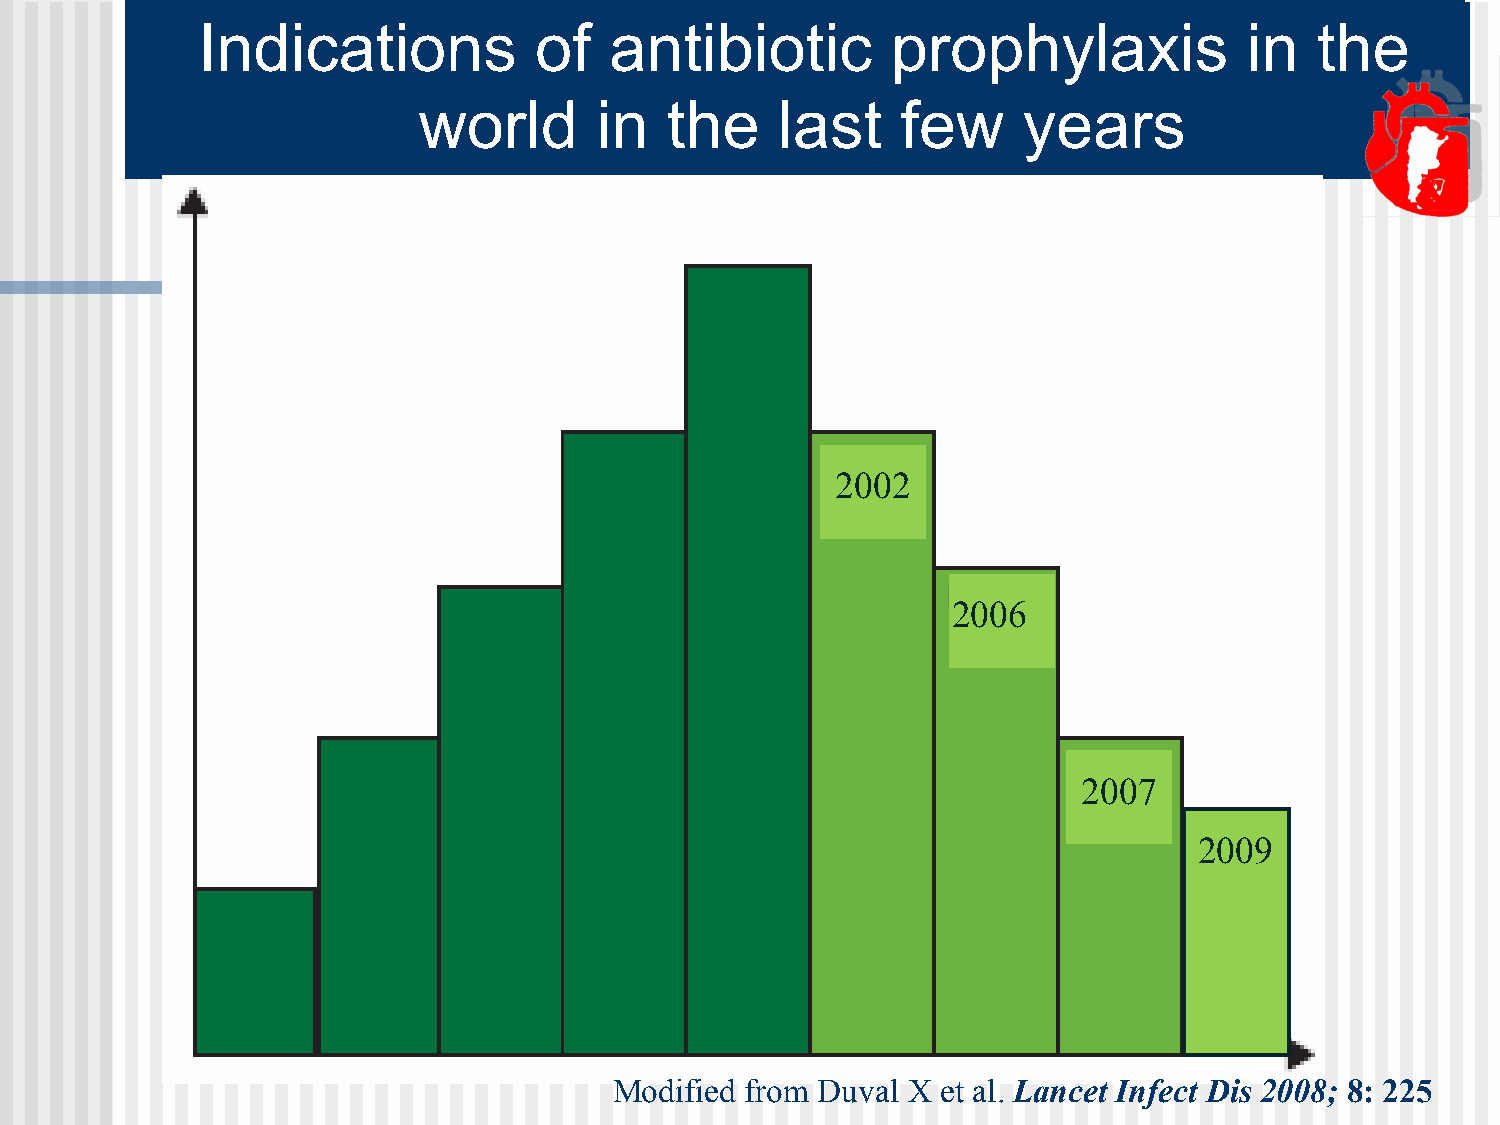
Indications           of   antibiotic         prophylaxis             in  the
 world      in   the     last    few     years
 22000022
 2006
 2007
 2009
 Modified from Duval X et al. Lancet Infect Dis 2008; 8: 225